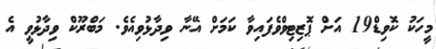
މީހަކު ކޮވިޑް19 އަށް ޕޮޒިޓިވްވެފައިވާ ކަމަށް އޭނާ ވިދާޅުވިއެވެ. މަބްރޫކް ވިދާޅުވީ އެ